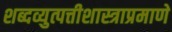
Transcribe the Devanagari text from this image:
शब्दव्युत्पत्तीशास्त्राप्रमाणे